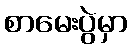
စာမေးပွဲမှာ